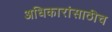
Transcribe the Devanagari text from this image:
अधिकारांसाठीच